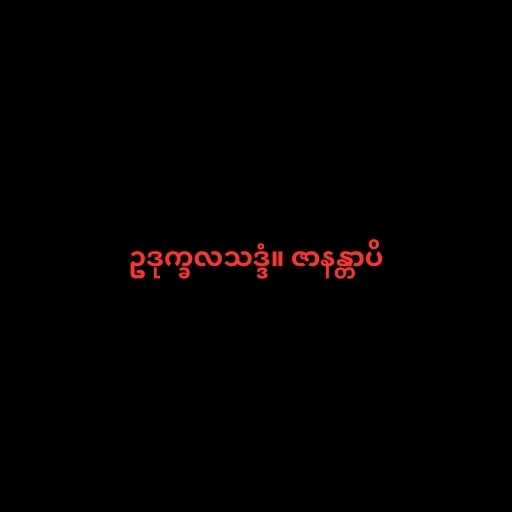
ဥဒုက္ခလသဒ္ဒံ။ ဇာနန္တာပိ